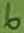
Text: 6